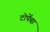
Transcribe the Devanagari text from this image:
टोपेंचा